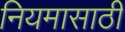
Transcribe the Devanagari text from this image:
नियमासाठी